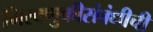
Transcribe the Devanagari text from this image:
मिरवणुकीसंबंधीची